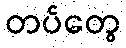
တပ်တွေ